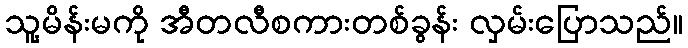
သူ့မိန်းမကို အီတလီစကားတစ်ခွန်း လှမ်းပြောသည်။